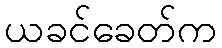
ယခင်ခေတ်က